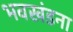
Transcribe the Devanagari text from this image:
भवखंडना